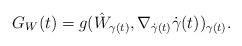
LaTeX: \begin{align*} G_W(t)=g(\hat{W}_{\gamma(t)},\nabla_{\dot{\gamma}(t)}\dot{\gamma}(t))_{\gamma(t)}.\end{align*}